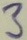
Text: 3